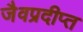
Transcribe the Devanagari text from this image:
जैवप्रदीप्त